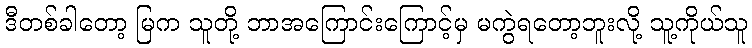
ဒီတစ်ခါတော့ မြက သူတို့ ဘာအကြောင်းကြောင့်မှ မကွဲရတော့ဘူးလို့ သူ့ကိုယ်သူ